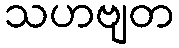
သဟဗျတ